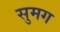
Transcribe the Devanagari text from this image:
सुमग